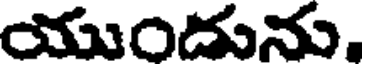
యుందును.